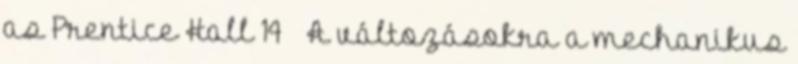
as Prentice Hall 14  A változásokra a mechanikus